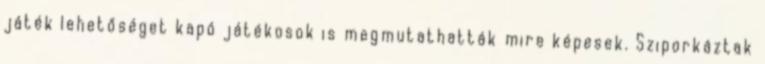
játék lehetőséget kapó játékosok is megmutathatták mire képesek. Sziporkáztak